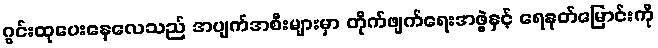
ဂွင်းထုပေးနေလေသည် အပျက်အစီးများမှာ တိုက်ဖျက်ရေးအဖွဲ့နှင့် ရေနုတ်မြောင်းကို